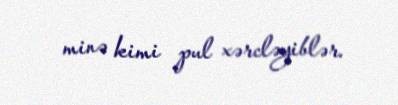
minə kimi pul xərcləyiblər.